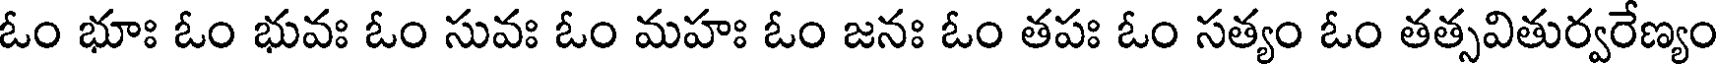
ఓం భూః ఓం భువః ఓం సువః ఓం మహః ఓం జనః ఓం తపః ఓం సత్యం ఓం తత్సవితుర్వరేణ్యం